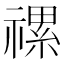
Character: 𥛧